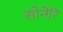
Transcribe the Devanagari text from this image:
सोनेरि